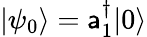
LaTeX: |\psi_{0}\rangle=\mathsf{a}_{1}^{\dagger}|0\rangle